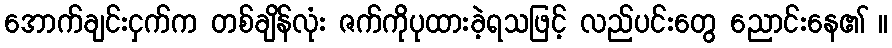
အောက်ချင်းငှက်က တစ်ချိန်လုံး ဇက်ကိုပုထားခဲ့ရသဖြင့် လည်ပင်းတွေ ညောင်းနေ၏ ။